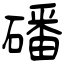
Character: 磻